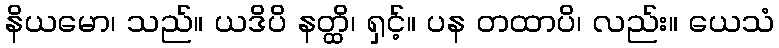
နိယမော၊ သည်။ ယဒိပိ နတ္ထိ၊ ရှင့်။ ပန တထာပိ၊ လည်း။ ယေသံ